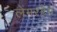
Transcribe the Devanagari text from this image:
लेंगरहैम